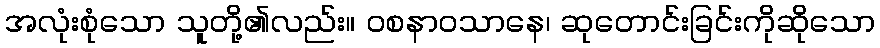
အလုံးစုံသော သူတို့၏လည်း။ ဝစနာဝသာနေ၊ ဆုတောင်းခြင်းကိုဆိုသော